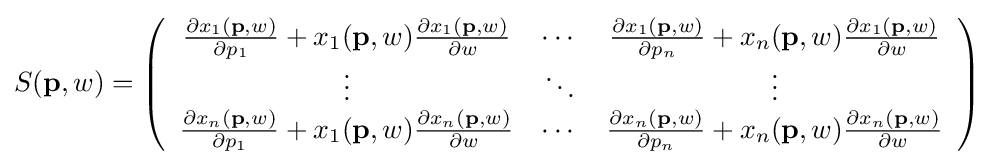
S(\mathbf {p} ,w)=\left({\begin{array}{ccc}{\frac {\partial x_{1}(\mathbf {p} ,w)}{\partial p_{1}}}+x_{1}(\mathbf {p} ,w){\frac {\partial x_{1}(\mathbf {p} ,w)}{\partial w}}&\cdots &{\frac {\partial x_{1}(\mathbf {p} ,w)}{\partial p_{n}}}+x_{n}(\mathbf {p} ,w){\frac {\partial x_{1}(\mathbf {p} ,w)}{\partial w}}\\\vdots &\ddots &\vdots \\{\frac {\partial x_{n}(\mathbf {p} ,w)}{\partial p_{1}}}+x_{1}(\mathbf {p} ,w){\frac {\partial x_{n}(\mathbf {p} ,w)}{\partial w}}&\cdots &{\frac {\partial x_{n}(\mathbf {p} ,w)}{\partial p_{n}}}+x_{n}(\mathbf {p} ,w){\frac {\partial x_{n}(\mathbf {p} ,w)}{\partial w}}\end{array}}\right)